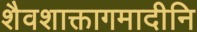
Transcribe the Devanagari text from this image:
शैवशाक्तागमादीनि